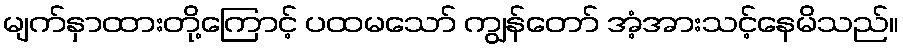
မျက်နှာထားတို့ကြောင့် ပထမသော် ကျွန်တော် အံ့အားသင့်နေမိသည်။